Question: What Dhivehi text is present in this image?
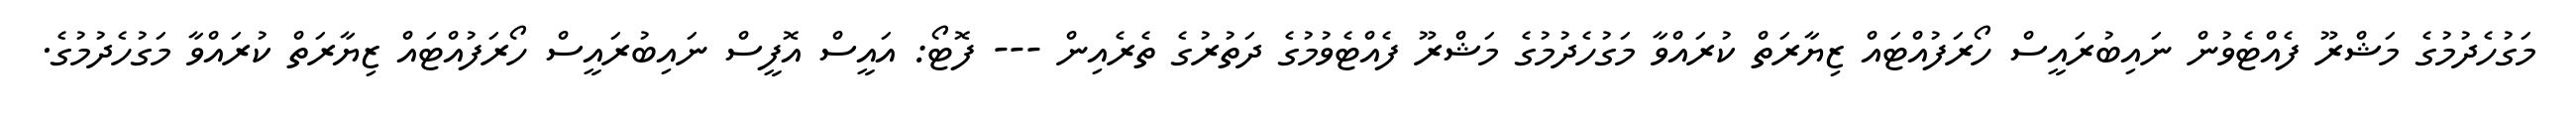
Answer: މަގުހެދުމުގެ މަޝްރޫ ފެއްޓެވުން ނައިބުރައީސް ހޯރަފުއްޓައް ޒިޔާރަތް ކުރައްވާ މަގުހެދުމުގެ މަޝްރޫ ފެއްޓެވުމުގެ ދަތުރުގެ ތެރެއިން --- ފޮޓޯ: އައީސް އޮފީސް ނައިބުރައީސް ހޯރަފުއްޓައް ޒިޔާރަތް ކުރައްވާ މަގުހެދުމުގެ.